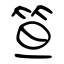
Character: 笪